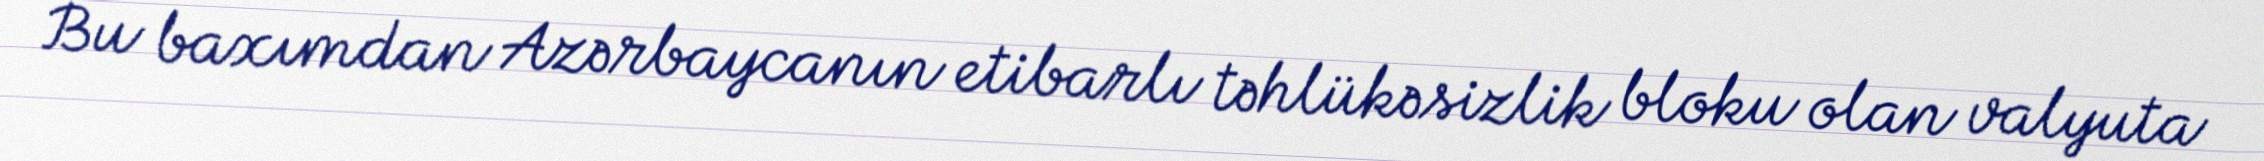
Bu baxımdan Azərbaycanın etibarlı təhlükəsizlik bloku olan valyuta